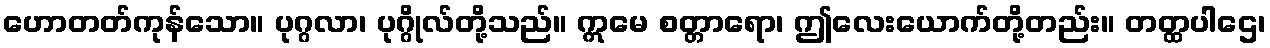
ဟောတတ်ကုန်သော။ ပုဂ္ဂလာ၊ ပုဂ္ဂိုလ်တို့သည်။ ဣမေ စတ္တာရော၊ ဤလေးယောက်တို့တည်း။ တတ္ထပါဌေ၊